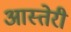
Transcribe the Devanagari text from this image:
आस्तेरी